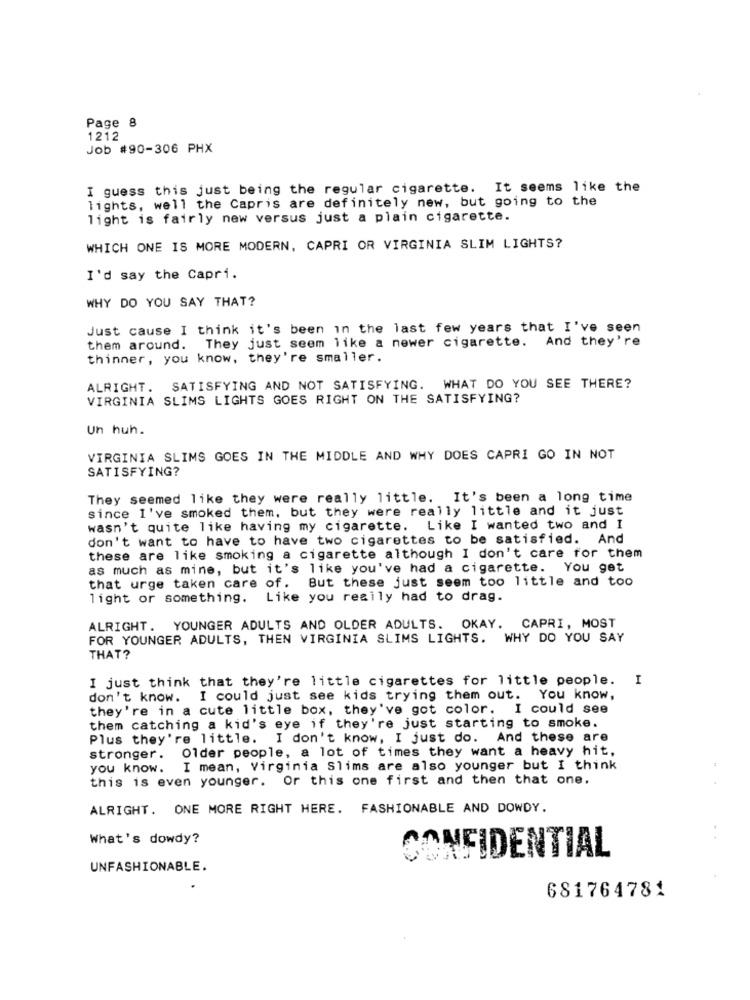
Page 8
1212
Job #90-306 PHX
I guess this just being the regular cigarette. It seems like the
lights, well the Capris are definitely new, but going to the
light is fairly new versus just a plain cigarette.
WHICH ONE IS MORE MODERN, CAPRI OR VIRGINIA SLIM LIGHTS?
I'd say the Capri.
WHY DO YOU SAY THAT?
Just cause I think it's been in the last few years that I've seen
them around. They just seem like a newer cigarette. And they're
thinner, you know, they're smaller.
ALRIGHT. SATISFYING AND NOT SATISFYING. WHAT DO YOU SEE THERE?
VIRGINIA SLIMS LIGHTS GOES RIGHT ON THE SATISFYING?
Un huh.
VIRGINIA SLIMS GOES IN THE MIDDLE AND WHY DOES CAPRI GO IN NOT
SATISFYING?
They seemed like they were really little. It's been a long time
since I've smoked them, but they were really little and it just
wasn't quite like having my cigarette. Like I wanted two and I
don't want to have to have two cigarettes to be satisfied. And
these are like smoking a cigarette although I don't care for them
as much as mine, but it's like you've had a cigarette. You get
But these just seem too little and too
that urge taken care of.
light or something.
Like you regily had to drag.
ALRIGHT. YOUNGER ADULTS AND OLDER ADULTS. OKAY. CAPRI, MOST
FOR YOUNGER ADULTS, THEN VIRGINIA SLIMS LIGHTS. WHY DO YOU SAY
THAT?
I just think that they're little cigarettes for little people. I
don't know. I could just see kids trying them out. You know,
they're in a cute little box, they've got color. I could see
them catching a kid's eye if they're just starting to smoke.
Plus they're little. I don't know, I just do. And these are
Older people, a lot of times they want a heavy hit,
stronger.
you know.
I mean, Virginia Slims are also younger but I think
this is even younger. Or this one first and then that one.
ALRIGHT. ONE MORE RIGHT HERE. FASHIONABLE AND DOWDY.
What's dowdy?
CONFIDENTIAL
UNFASHIONABLE.
681764781